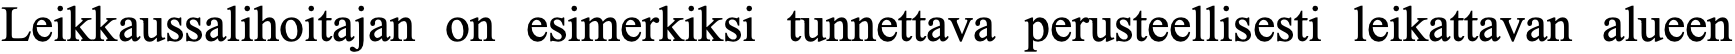
Leikkaussalihoitajan on esimerkiksi tunnettava perusteellisesti leikattavan alueen